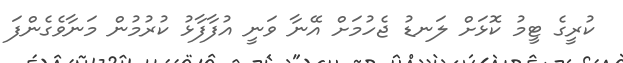
ކުރީގެ ޓީމު ކޮޅަށް ލަނޑު ޖެހުމަށް އޭނާ ވަނީ އުފާފާޅު ކުރުމުން މަނާވެގެންފަ